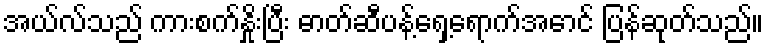
အယ်လ်သည် ကားစက်နှိုးပြီး ဓာတ်ဆီပန့်ရှေ့ရောက်အောင် ပြန်ဆုတ်သည်။